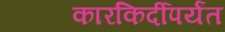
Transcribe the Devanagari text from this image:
कारकिर्दीपर्यंत